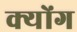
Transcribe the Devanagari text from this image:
क्योंग